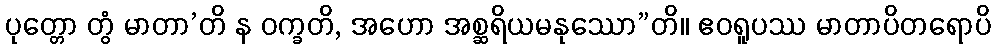
ပုတ္တော တွံ မာတာ’တိ န ဝက္ခတိ, အဟော အစ္ဆရိယမနုဿော”တိ။ ဧဝရူပဿ မာတာပိတရောပိ